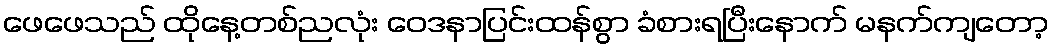
ဖေဖေသည် ထိုနေ့တစ်ညလုံး ဝေဒနာပြင်းထန်စွာ ခံစားရပြီးနောက် မနက်ကျတော့